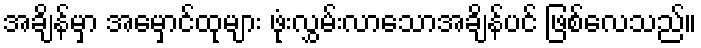
အချိန်မှာ အမှောင်ထုများ ဖုံးလွှမ်းလာသောအချိန်ပင် ဖြစ်လေသည်။